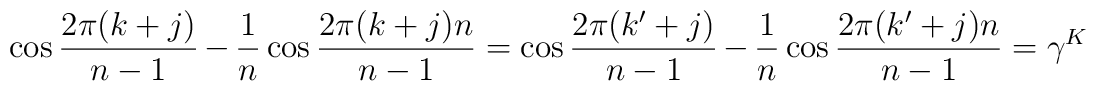
\cos \frac{2 \pi (k+j)}{n-1} - \frac{1}{n} \cos \frac{2 \pi (k+j)n}{n-1}=\cos \frac{2 \pi (k'+j)}{n-1} - \frac{1}{n} \cos \frac{2\pi (k'+j) n}{n-1}=\gamma^K